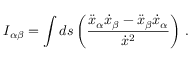
I _ { \alpha \beta } = \int d s \left( \frac { \ddot { x } _ { \alpha } \dot { x } _ { \beta } - \ddot { x } _ { \beta } \dot { x } _ { \alpha } } { \dot { x } ^ { 2 } } \right) \, .